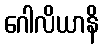
ဂေါလိယာနိ